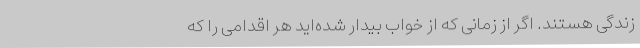
زندگی هستند. اگر از زمانی که از خواب بیدار شده‌اید هر اقدامی را که